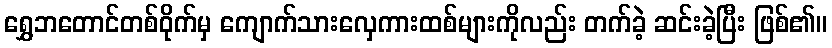
ရွှေဘတောင်တစ်ဝိုက်မှ ကျောက်သားလှေကားထစ်များကိုလည်း တက်ခဲ့ ဆင်းခဲ့ပြီး ဖြစ်၏။